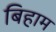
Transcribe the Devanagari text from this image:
बिहाम